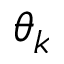
\theta _ { k }